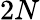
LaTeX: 2N